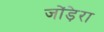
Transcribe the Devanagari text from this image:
जोंड़ेरा